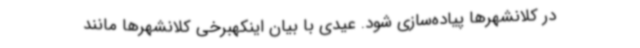
در کلانشهرها پیاده‌سازی شود. عیدی با بیان اینکهبرخی کلانشهرها مانند